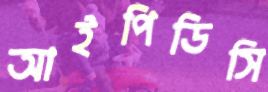
আইপিডিসি